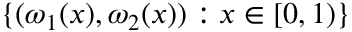
\{ ( \omega _ { 1 } ( x ) , \omega _ { 2 } ( x ) ) : x \in [ 0 , 1 ) \}